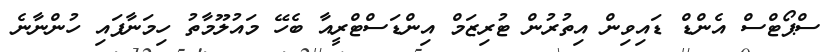
ސްޕޯޓްސް އެންޑް ޑައިވިން އިތުރުން ޓުރިޒަމް އިންޑަސްޓްރީއާ ބެހޭ މައުލޫމާތު ހިމަނާފައި ހުންނާނެ